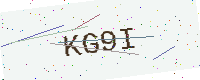
Text: KG9I